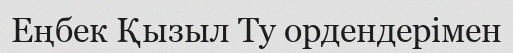
Еңбек Қызыл Ту ордендерімен